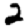
Digit: 2